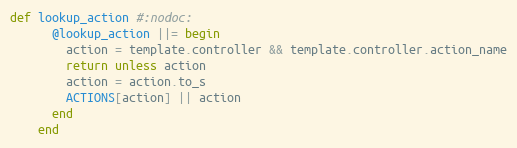
Language: Ruby
def lookup_action #:nodoc:
      @lookup_action ||= begin
        action = template.controller && template.controller.action_name
        return unless action
        action = action.to_s
        ACTIONS[action] || action
      end
    end